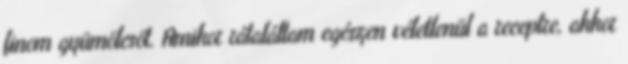
finom gyümölcsöt. Amikor rátaláltam egészen véletlenül a receptre, akkor